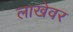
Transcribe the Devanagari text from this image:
लाखेवर